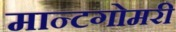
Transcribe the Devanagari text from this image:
मान्टगोमरी